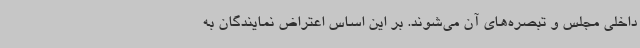
داخلی مجلس و تبصره‌های آن می‌شوند. بر این اساس اعتراض نمایندگان به